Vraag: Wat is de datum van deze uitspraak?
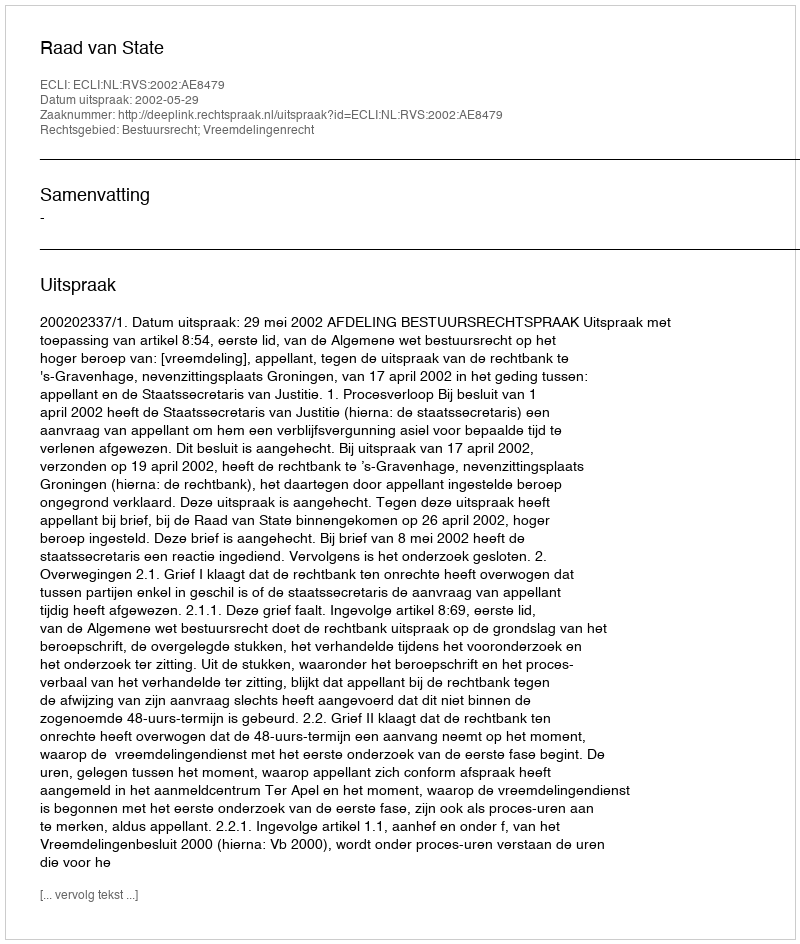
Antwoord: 2002-05-29